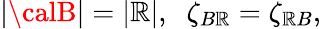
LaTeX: |{\calB}|=|{\cal\mathbb{R}}|,\; \; \zeta_{B\mathbb{R}}=\zeta_{\mathbb{R}B},